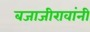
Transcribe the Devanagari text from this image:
बजाजीरावांनी